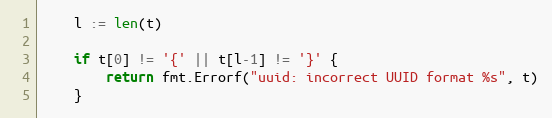
Language: Go
	l := len(t)

	if t[0] != '{' || t[l-1] != '}' {
		return fmt.Errorf("uuid: incorrect UUID format %s", t)
	}